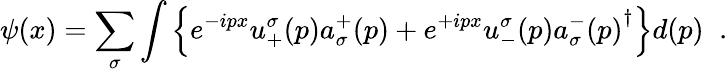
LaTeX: \psi(x)=\sum_{\sigma}\int\left\{ e^{-ipx}u_{+}^{\sigma}(p)a_{\sigma}^{+}(p)+e^{+ipx}u_{-}^{\sigma}(p){a_{\sigma}^{-}(p)}^{\dagger}\right\} d(p)\; \; .